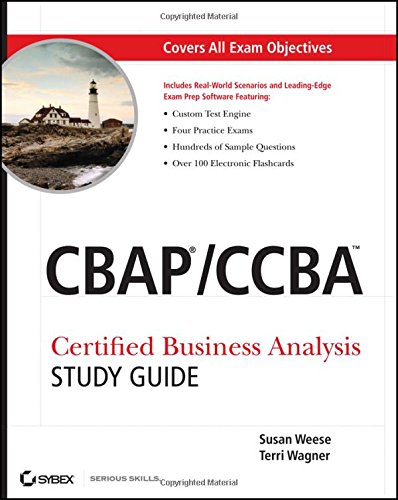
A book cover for CBAP / CCBA Certified Business Analysis Study Guide; Susan Weese; Computers & Technology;